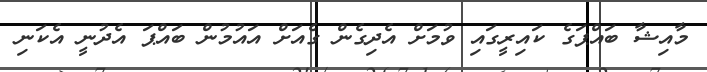
މާއިޝާ ބައްޕަގެ ކައިރީގައި ވުމަށް އެދިގެން ގެއަށް އައުމުން ބައްޕަ އެދުނީ އެކަނި